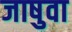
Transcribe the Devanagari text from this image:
जाषुवा